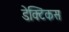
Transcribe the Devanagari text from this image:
डेक्टिकस